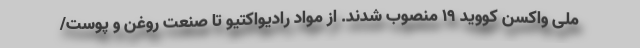
ملی واکسن کووید ۱۹ منصوب شدند. از مواد رادیواکتیو تا صنعت روغن و پوست/